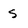
Character: s